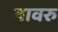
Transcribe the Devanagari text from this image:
वावरु